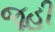
જૂહી